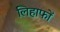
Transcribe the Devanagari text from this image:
लिहाफों